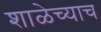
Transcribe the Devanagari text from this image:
शाळेच्याच